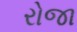
રોજા